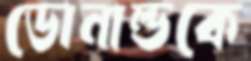
ডোনাল্ডকে